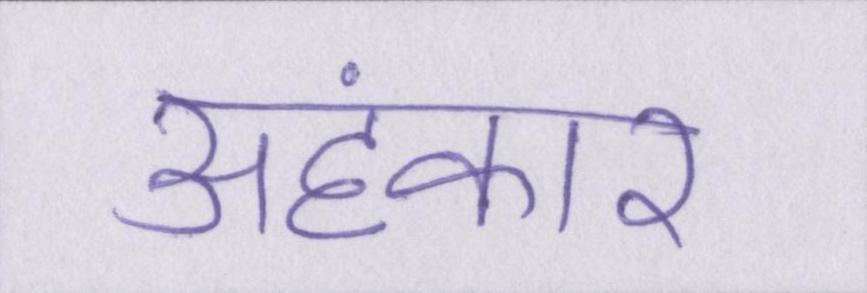
अहंकार